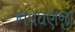
નવઘણજી